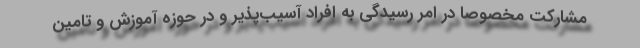
مشارکت مخصوصا در امر رسیدگی به افراد آسیب‌پذیر و در حوزه آموزش و تامین